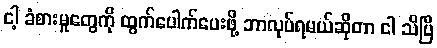
ငါ့ ခံစားမှုတွေကို ထွက်ပေါက်ပေးဖို့ ဘာလုပ်ရမယ်ဆိုတာ ငါ သိပြီ